Bombay plague: being a history of the progress of plague in the Bombay presidency from September 1896 to June 1899
Year: 1896
Disease focus: Plague
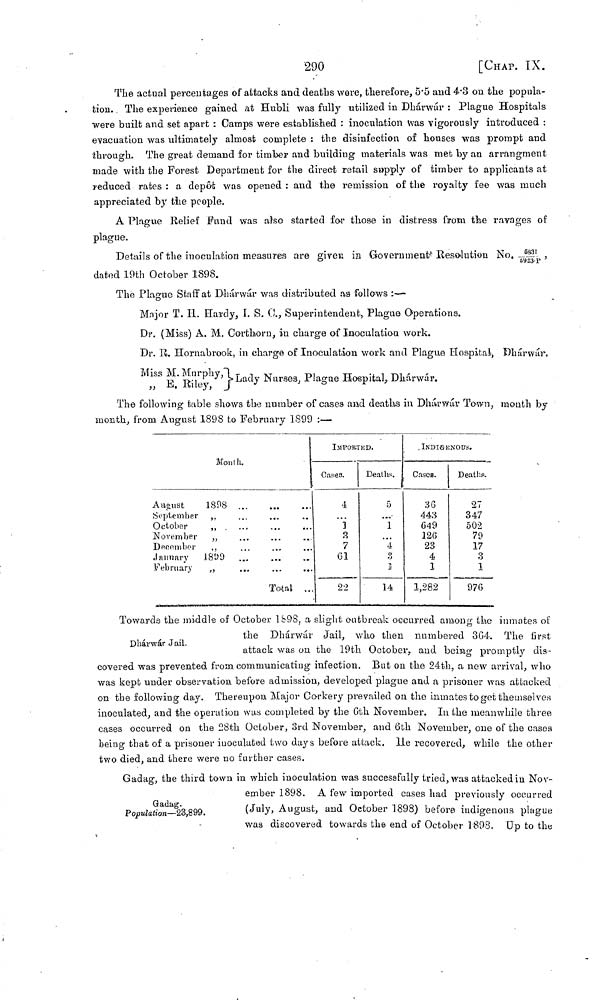
290
[CHAP. IX.
The actual percentages of attacks and deaths were, therefore, 5.5 and 4.3 on the popula-
tion. The experience gained at Hubli was fully utilized in Dhárwár : Plague Hospitals
were built and set apart : Camps were established : inoculation was vigorously introduced :
evacuation was ultimately almost complete : the disinfection of houses was prompt and
through. The great demand for timber and building materials was met by an arrangment
made with the Forest Department for the direct retail supply of timber to applicants at
reduced rates : a depôt was opened : and the remission of the royalty fee was much
appreciated by the people.
A Plague Relief Fund was also started for those in distress from the ravages of
plague.
Details of the inoculation measures are given in Government' Resolution No. 5331/6923-P
dated 19th October 1898.
The Plague Staff at Dháwár was distributed as follows :—
Mnjor T. H. Hardy, I. S.O., Superintendent, Plague Operations.
Dr. (Miss) A. M. Corthorn, in charge of Inoculation, work.
Dr. R. Hornabrook, in charge of Inoculation work and Plague Hospital, Dhárwár.
Miss M.
Murphy,
Lady
Nurses, Plague Hospital; Dhárwár.
,,
E.Riley,
The following table shows the number of cases and deaths in Dhárwár Town, month by
month, from August 189S to February 1899 :—
Month.
August
1898
September ,,
October
,,
November
,,
December
,,
January
1899
February
,,
...
...
...
...
...
......
...
Total
...
......
...
...
...
IMPORTED.
Cases.
4
...
]
3
7
01
22
Deaths.
5
...
1
...
4
3
I
14
INDIGENOUS.
Cases.
3 6
443
649
126
23
4
1
1,282
Deaths.
27
347
502
79
17
3
1
976
Dhárwár Jail.
Towards the middle of October 1998, a slight outbreak occurred among the inmates of
the Dhárwár Jail, who then numbered 304. The first
attack was on the 19th October, and being promptly dis-
covered was prevented from communicating infection. But on the 24th, a new arrival, who
was kept under observation before admission, developed plague and a prisoner was attacked
on the following day. Thereupon Major Corkery prevailed on the inmates to get themselves
inoculated, and the operation was completed by the 6th November. In the meanwhile three
cases occurred on the 28th October, 3rd November, and 6th November, one of the cases
being that of a prisoner iuoculated two days before attack. He recovered, while the other
two died, and there were no further cases.
Gadag.
Population—23,899.
Gadag, the third town in which inoculation was successfully tried, was attacked in Nov-
ember 1898. A few imported cases had previously occurred
(July, August, and October 1898) before indigenous plague
was discovered towards the end of October 1898. Up to the